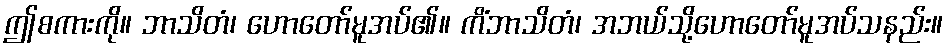
ဤစကားကို။ ဘာသိတံ၊ ဟောတော်မူအပ်၏။ ကိံဘာသိတံ၊ အဘယ်သို့ဟောတော်မူအပ်သနည်း။